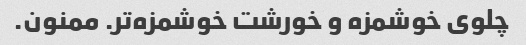
چلوی خوشمزه و خورشت خوشمزه‌تر. ممنون.